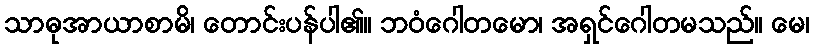
သာဓုအာယာစာမိ၊ တောင်းပန်ပါ၏။ ဘဝံဂေါတမော၊ အရှင်ဂေါတမသည်။ မေ၊